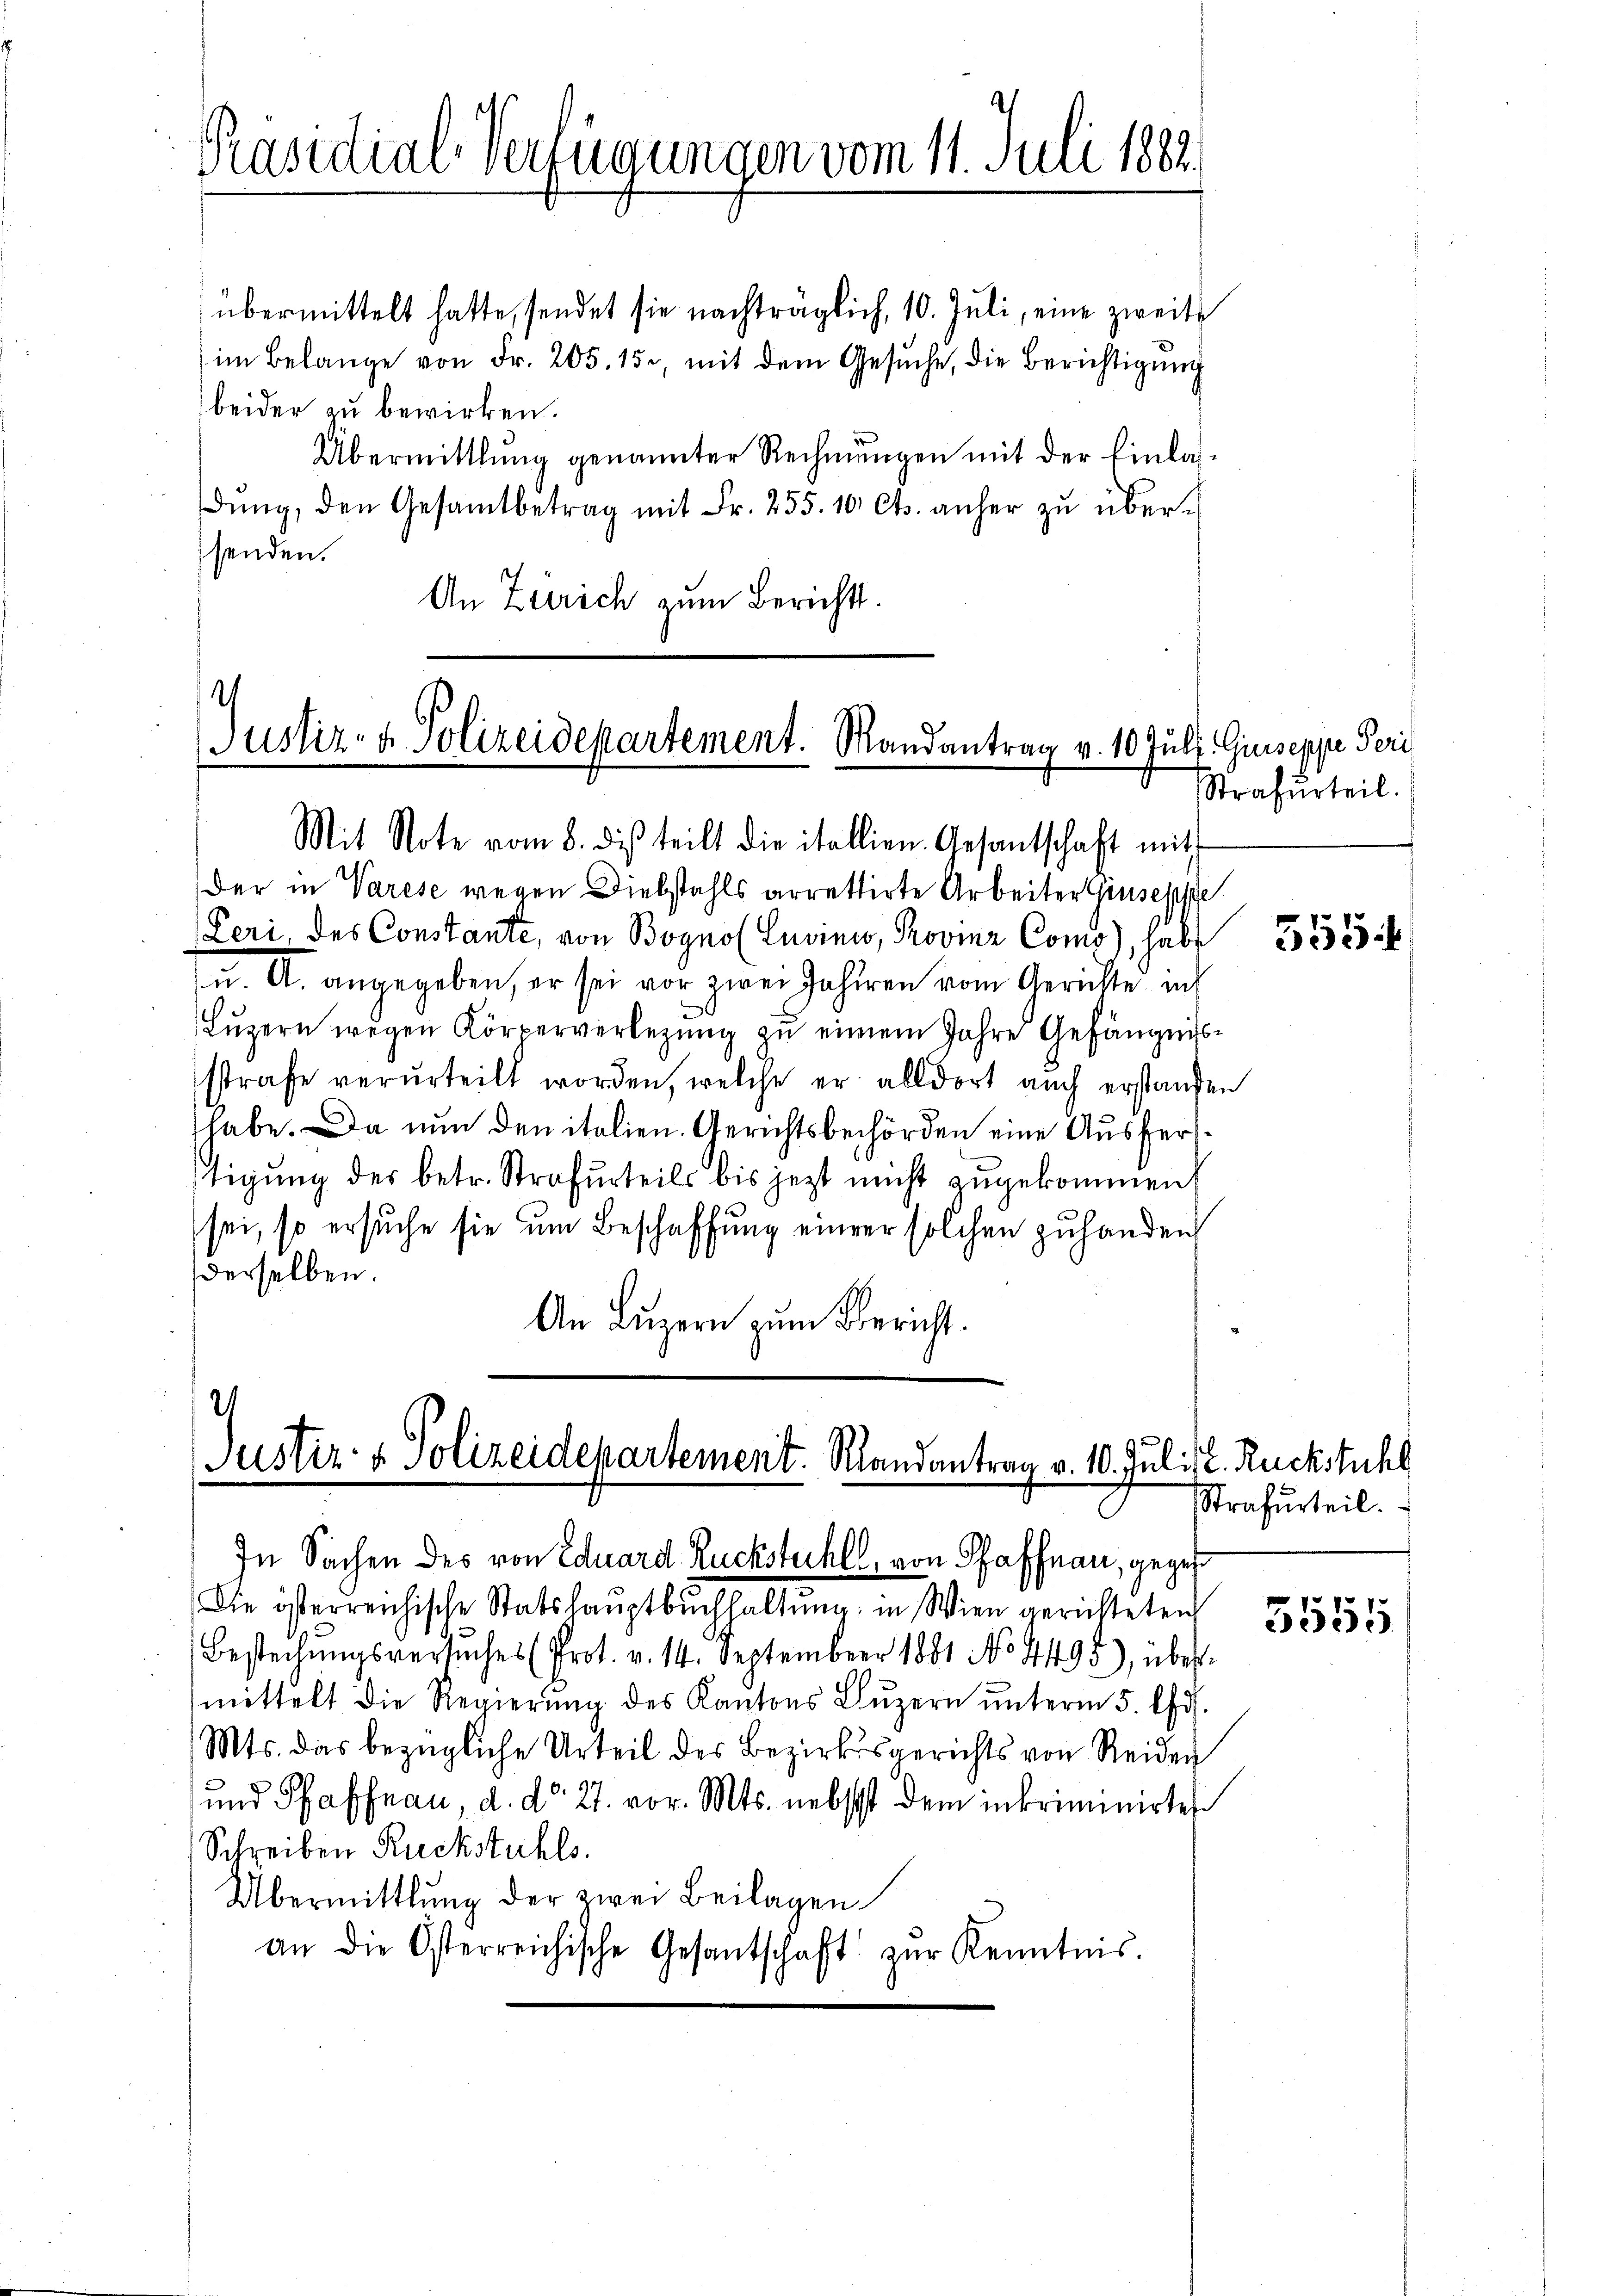
Präsidial-Verfügungen vom 11. Juli 1882.

übermittelt hatte, sendet sie nachträglich, 10. Juli, eine zweite
im Belange von Fr. 205. 15, mit dem Gesŭche, die Berichtigŭng
beider zu bewirken.
Übermittlung genannter Rechnungen mit der Einlasdŭng, den Gesamtbetrag mit Fr. 255. 10 Cts. anher zu übersenden.
An Zürich zum Berichts.

Justiz- & Polizeidepartement. Randantrag v. 10. Juli Giuseppe Peri
Mit Note vom 8. dies teilt die itallien. Gesantschaft mit

2
Justiz- & Polizeidekartement. Randantrag v. 10. Juli d. Rückstuhl
In Sachen des von Eduard Rückstuhll, von Pfaffnau, gegen

Der in Varese wegen Diebstahls arrettirte Arbeiter Giuseppe
(Peri, des Constante, von Bognol Luvini, Provinz Como), habe
u. A. angegeben, er sei vor zwei Jahren vom Gerichte ich
Luzern wegen Körperverlegung zu einem Jahre Gefängnisssstrafe verurteilt worden, welche er alldort auch erstanden
habe. Da nun den italien. Gerichtsbehörden eine Ausfertigung des betr. Strafurteils bis jezt nicht zugekommen.
sei, so ersuche sie um Beschaffung einer solchen zuhanden
derselben.
An Luzern zum Bericht.

Die österreichische Statshauptbuchhaltŭng, in Wien gerichteten
Bestechŭngsversuches (Prot. v. 14. September 1881 No 4495), über
mittelt die Regierung des Kantons Luzern unterm 5. ds.
Mts. das bezügliche Urteil des Bezirksgerichts von Reiden
und Pfaffrau, d. d. 27. vor. Mts. nebst dem inkriminirten
Schreiben Rückstuhls
Übermittlung der zwei Beilagen
an die Osterreichische Gesantschaft zŭr Kenntnis.

Strafurteil.

555.

Strafurteil.

3555